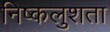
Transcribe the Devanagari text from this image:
निष्कलुशता